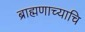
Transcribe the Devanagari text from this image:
ब्राह्मणाच्याचि